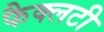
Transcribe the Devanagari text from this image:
फैक्‍लटी